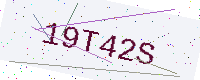
Text: 19T42S